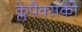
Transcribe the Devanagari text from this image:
क्लेपैक्सकी